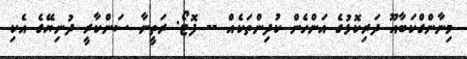
މިނާންގްކަބާއޫ ދަރިކޮޅުގެ އަންހެން ކުދިންތަކެއް -- ފޮޓޯ: ރަތީނާ ސަންކާރީ ދުނިޔޭގެ އެކި